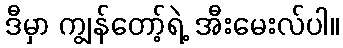
ဒီမှာ ကျွန်တော့်ရဲ့ အီးမေးလ်ပါ။